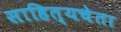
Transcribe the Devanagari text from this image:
साहित्यचेता